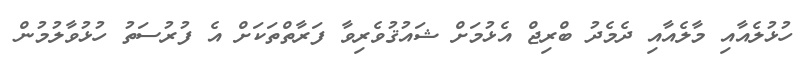
ހުޅުލެއާއި މާލެއާއި ދެމެދު ބްރިޖް އެޅުމަށް ޝައުޤުވެރިވާ ފަރާތްތަކަށް އެ ފުރުސަތު ހުޅުވާލުމުން